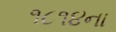
૧૮૧૪ના